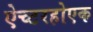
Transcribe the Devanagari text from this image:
ऐच्टरहोएक